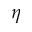
\eta